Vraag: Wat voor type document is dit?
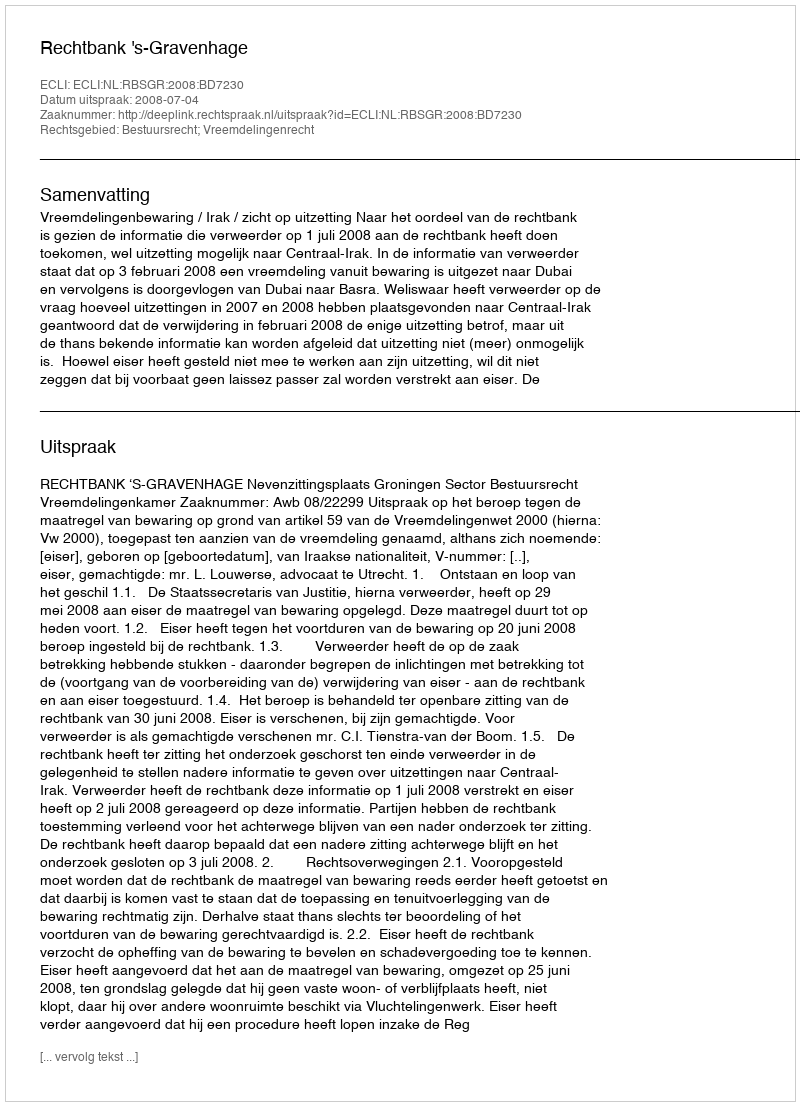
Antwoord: Uitspraak